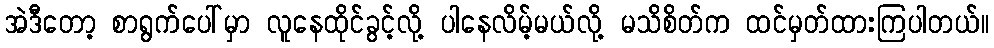
အဲဒီတော့ စာရွက်ပေါ်မှာ လူနေထိုင်ခွင့်လို့ ပါနေလိမ့်မယ်လို့ မသိစိတ်က ထင်မှတ်ထားကြပါတယ်။